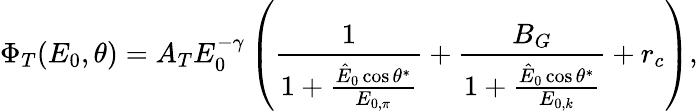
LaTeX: \Phi_{T}(E_{0},\theta)=A_{T}E_{0}^{-\gamma}\left(\frac{1}{1+\frac{\hat{E}_{0}\cos\theta^{*}}{E_{0,\pi}}}+\frac{B_{G}}{1+\frac{\hat{E}_{0}\cos\theta^{*}}{E_{0,k}}}+r_{c}\right),